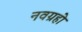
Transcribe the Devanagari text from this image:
नवग्रहो